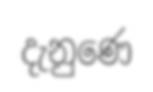
දැනුණෙ